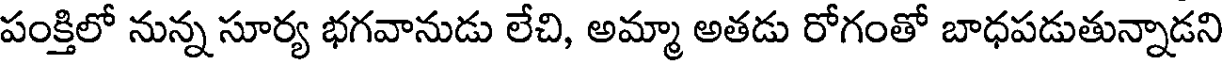
పంక్తిలో నున్న సూర్య భగవానుడు లేచి, అమ్మా అతడు రోగంతో బాధపడుతున్నాడని